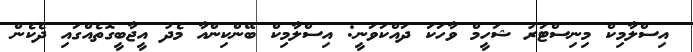
އިސްލާމިކް މިނިސްޓަރު ޝަހީމް ވާހަކަ ދައްކަވަނީ: އިސްލާމިކް ބޭންކިންއާ މެދު އީޖާބީގޮތެއްގައި ދެކެން